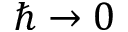
\hbar \to 0